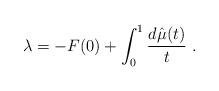
LaTeX: \begin{align*}\lambda = -F(0) + \int_0^1 \frac{d\hat\mu(t)}t\ .\end{align*}